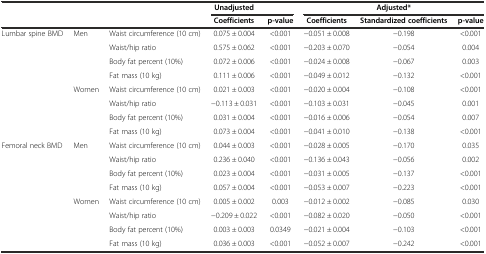
<table><thead><tr><td></td><td></td><td></td><td><b>Unadjusted</b></td><td></td><td colspan="3"><b>Adjusted*</b></td></tr><tr><td></td><td></td><td></td><td><b>Coefficients</b></td><td><b>p-value</b></td><td><b>Coefficients</b></td><td><b>Standardized coefficients</b></td><td><b>p-value</b></td></tr></thead><tbody><tr><td>Lumbar spine BMD</td><td>Men</td><td>Waist circumference (10 cm)</td><td>0.075 ± 0.004</td><td>&lt;0.001</td><td>−0.051 ± 0.008</td><td>−0.198</td><td>&lt;0.001</td></tr><tr><td></td><td></td><td>Waist/hip ratio</td><td>0.575 ± 0.062</td><td>&lt;0.001</td><td>−0.203 ± 0.070</td><td>−0.054</td><td>0.004</td></tr><tr><td></td><td></td><td>Body fat percent (10%)</td><td>0.072 ± 0.006</td><td>&lt;0.001</td><td>−0.024 ± 0.008</td><td>−0.067</td><td>0.003</td></tr><tr><td></td><td></td><td>Fat mass (10 kg)</td><td>0.111 ± 0.006</td><td>&lt;0.001</td><td>−0.049 ± 0.012</td><td>−0.132</td><td>&lt;0.001</td></tr><tr><td></td><td>Women</td><td>Waist circumference (10 cm)</td><td>0.021 ± 0.003</td><td>&lt;0.001</td><td>−0.020 ± 0.004</td><td>−0.108</td><td>&lt;0.001</td></tr><tr><td></td><td></td><td>Waist/hip ratio</td><td>−0.113 ± 0.031</td><td>&lt;0.001</td><td>−0.103 ± 0.031</td><td>−0.045</td><td>0.001</td></tr><tr><td></td><td></td><td>Body fat percent (10%)</td><td>0.031 ± 0.004</td><td>&lt;0.001</td><td>−0.016 ± 0.006</td><td>−0.054</td><td>0.007</td></tr><tr><td></td><td></td><td>Fat mass (10 kg)</td><td>0.073 ± 0.004</td><td>&lt;0.001</td><td>−0.041 ± 0.010</td><td>−0.138</td><td>&lt;0.001</td></tr><tr><td>Femoral neck BMD</td><td>Men</td><td>Waist circumference (10 cm)</td><td>0.044 ± 0.003</td><td>&lt;0.001</td><td>−0.028 ± 0.005</td><td>−0.170</td><td>0.035</td></tr><tr><td></td><td></td><td>Waist/hip ratio</td><td>0.236 ± 0.040</td><td>&lt;0.001</td><td>−0.136 ± 0.043</td><td>−0.056</td><td>0.002</td></tr><tr><td></td><td></td><td>Body fat percent (10%)</td><td>0.023 ± 0.004</td><td>&lt;0.001</td><td>−0.031 ± 0.005</td><td>−0.137</td><td>&lt;0.001</td></tr><tr><td></td><td></td><td>Fat mass (10 kg)</td><td>0.057 ± 0.004</td><td>&lt;0.001</td><td>−0.053 ± 0.007</td><td>−0.223</td><td>&lt;0.001</td></tr><tr><td></td><td>Women</td><td>Waist circumference (10 cm)</td><td>0.005 ± 0.002</td><td>0.003</td><td>−0.012 ± 0.002</td><td>−0.085</td><td>0.030</td></tr><tr><td></td><td></td><td>Waist/hip ratio</td><td>−0.209 ± 0.022</td><td>&lt;0.001</td><td>−0.082 ± 0.020</td><td>−0.050</td><td>&lt;0.001</td></tr><tr><td></td><td></td><td>Body fat percent (10%)</td><td>0.003 ± 0.003</td><td>0.0349</td><td>−0.021 ± 0.004</td><td>−0.103</td><td>&lt;0.001</td></tr><tr><td></td><td></td><td>Fat mass (10 kg)</td><td>0.036 ± 0.003</td><td>&lt;0.001</td><td>−0.052 ± 0.007</td><td>−0.242</td><td>&lt;0.001</td></tr></tbody></table>